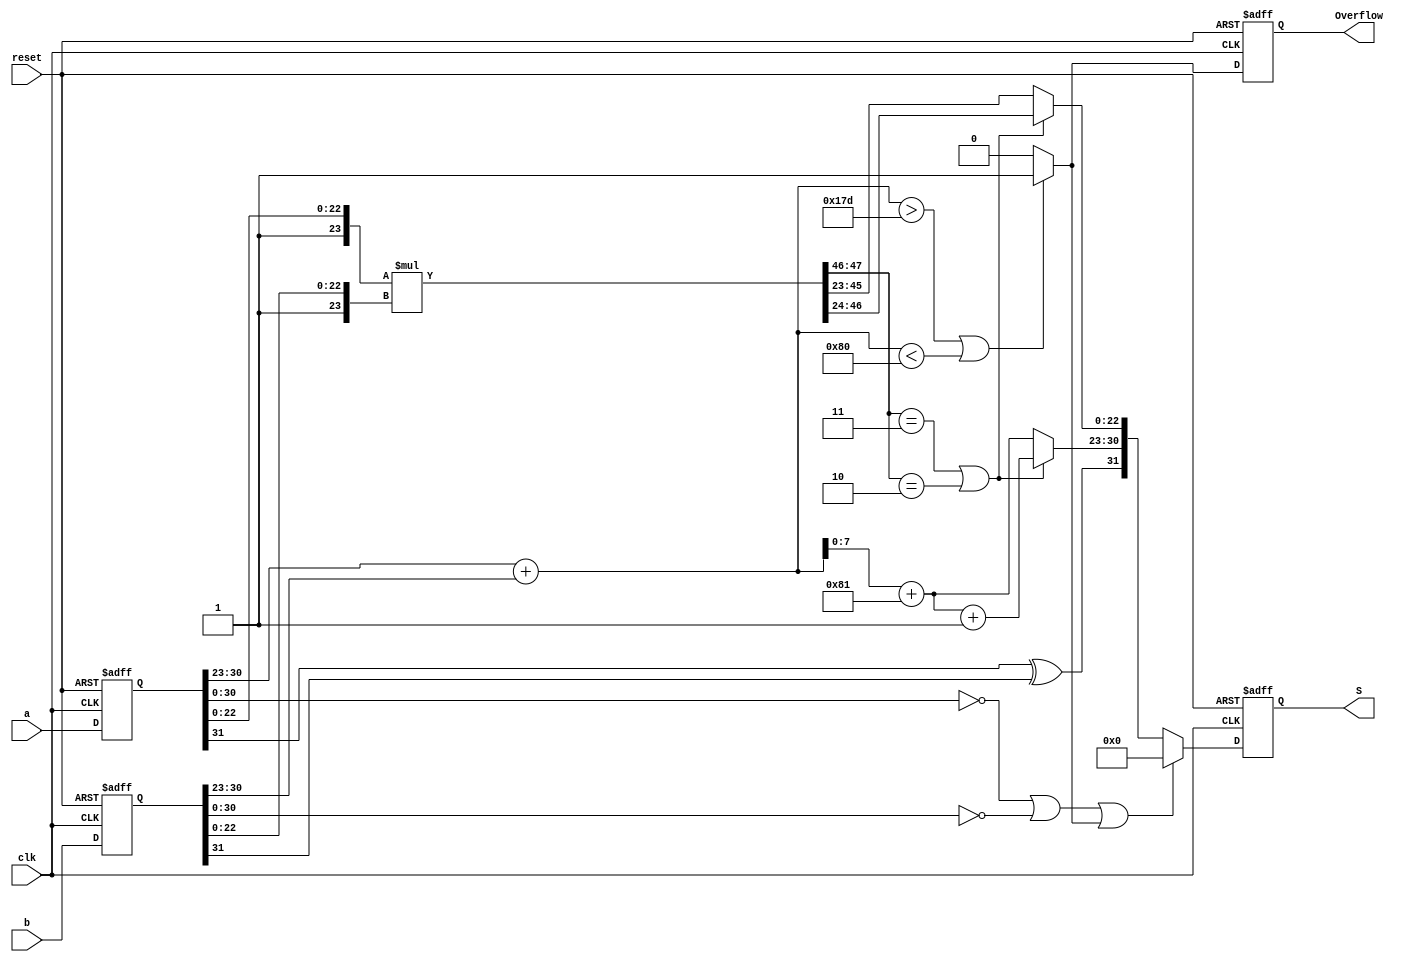
module FP_Multiplier(
    input   wire clk, reset,
    input   wire signed [31:0] a,b,
    output  reg Overflow,
    output  reg  signed  [31:0] S
);

    reg signed [31:0] Stimulus1,Stimulus2;
    wire [31:0] ZEROS = 32'b00000000000000000000000000000000;
    wire [8:0] posOverflow = 9'b101111101;   //381
    wire [8:0] negOverflow = 9'b010000000;   //128


    wire [7:0] a_exp;
    wire [7:0] b_exp;
    wire [8:0] addition_exp;
    wire [8:0] bias  = 9'b110000001;  // 2's complement of 127
    wire [9:0] biased_addition_exp;
    wire [7:0] result_exp;
    wire [7:0] final_exp;
    wire [23:0] a_mantissa;  // 23-bit for mantessa and implicit 1-bit leading one
    wire [23:0] b_mantissa;
    wire [47:0] result_mantissa; 
    wire [22:0] final_mantissa;
    wire sign;
    wire of;
    wire signed [31:0] res;

    assign sign = Stimulus1[31] ^ Stimulus2[31];
    assign a_exp  = Stimulus1[30:23];
    assign b_exp  = Stimulus2[30:23];
    assign a_mantissa = { 1'b1, Stimulus1[22:0] };
    assign b_mantissa = { 1'b1, Stimulus2[22:0] };

    assign addition_exp = a_exp + b_exp;
    assign biased_addition_exp = addition_exp + bias;
    assign result_exp = biased_addition_exp[7:0]; // discard the carry from previous addition & discard the second MSB as it should be 0
                                                  // (otherwise overflow happens)
    assign result_mantissa = a_mantissa * b_mantissa;
    assign final_exp = result_mantissa[47:46] == 2'b11 || result_mantissa[47:46] == 2'b10 ? result_exp + 1'b1 : result_exp;
    assign final_mantissa = result_mantissa[47:46] == 2'b11 || result_mantissa[47:46] == 2'b10 ? result_mantissa[46:24] : result_mantissa[45:23];

    assign of = addition_exp > posOverflow || addition_exp < negOverflow ? 1'b1 : 1'b0; 
    //addition of exponent must be between [1 + 127, 254 + 127]  as the bias is -127

    assign res = Stimulus1[30:0] == ZEROS[30:0] || Stimulus2[30:0] == ZEROS[30:0] || of ? ZEROS : { sign, final_exp, final_mantissa };

    always @(posedge clk,negedge reset)
    begin
        if(reset == 1'b0)
        begin
            Stimulus1 = 32'b0;
            Stimulus2 = 32'b0;
        end
        else
        begin
            Stimulus1 = a;
            Stimulus2 = b;
        end
    end
    always @(posedge clk,negedge reset)
    begin
        if(reset == 1'b0)
        begin
            S = 32'b0;
            Overflow = 1'b0;
        end
        else
        begin
            S = res;
            Overflow = of;
        end
    end
endmodule